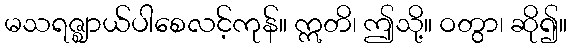
မသရဇ္ဈာယ်ပါစေလင့်ကုန်။ ဣတိ၊ ဤသို့။ ဝတွာ၊ ဆို၍။